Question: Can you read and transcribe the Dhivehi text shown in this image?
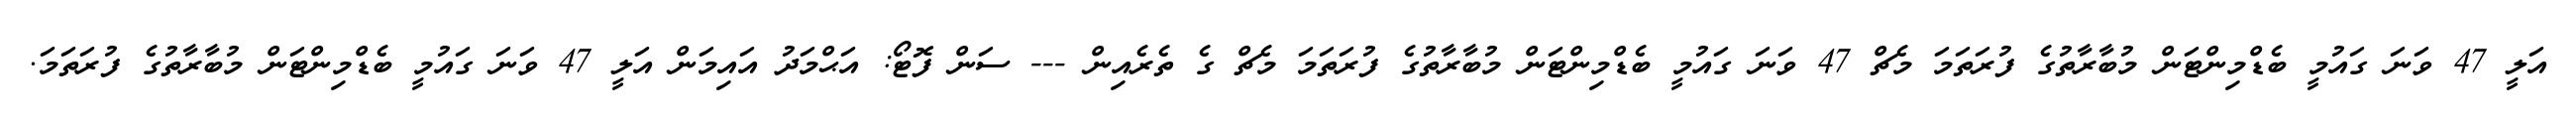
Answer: އަލީ 47 ވަނަ ގައުމީ ބެޑްމިންޓަން މުބާރާތުގެ ފުރަތަމަ މެޗް 47 ވަނަ ގައުމީ ބެޑްމިންޓަން މުބާރާތުގެ ފުރަތަމަ މެޗް ގެ ތެރެއިން --- ސަން ފޮޓޯ: އަޙްމަދު އައިމަން އަލީ 47 ވަނަ ގައުމީ ބެޑްމިންޓަން މުބާރާތުގެ ފުރަތަމަ.